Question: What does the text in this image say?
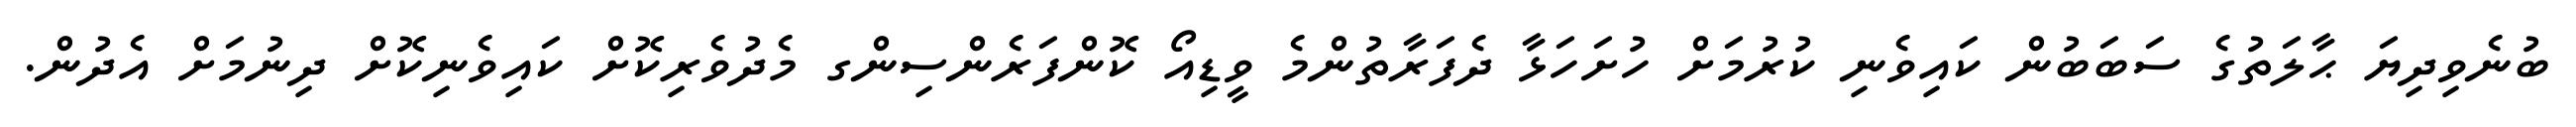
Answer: ބުނެވިދިޔަ ޙާލަތުގެ ސަބަބުން ކައިވެނި ކުރުމަށް ހުށަހަޅާ ދެފަރާތުންމެ ވީޑިއޯ ކޮންފަރެންސިންގ މެދުވެރިކޮށް ކައިވެނިކޮށް ދިނުމަށް އެދުން.